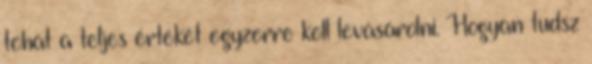
tehát a teljes értékét egyzerre kell levásárolni. Hogyan tudsz